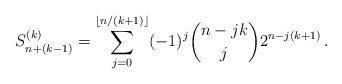
LaTeX: \begin{align*}S_{n+(k-1)}^{(k)} = \sum_{j=0}^{\lfloor n/(k+1) \rfloor} (-1)^{j} \binom{n-jk}{j}2^{n-j(k+1)} \,.\end{align*}